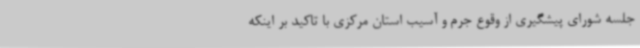
جلسه شورای پیشگیری از وقوع جرم و آسیب استان مرکزی با تاکید بر اینکه